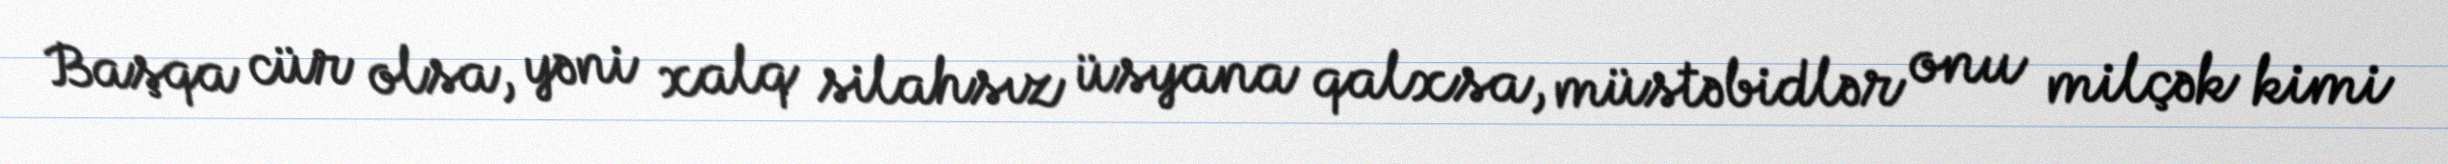
Başqa cür olsa, yəni xalq silahsız üsyana qalxsa, müstəbidlər onu milçək kimi